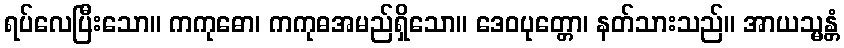
ရပ်လေပြီးသော။ ကကုဓော၊ ကကုဓအမည်ရှိသော။ ဒေဝပုတ္တော၊ နတ်သားသည်။ အာယသ္မန္တံ